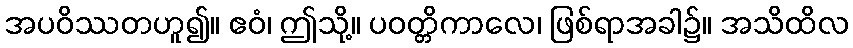
အပဝိဿတဟူ၍။ ဧဝံ၊ ဤသို့။ ပဝတ္တိကာလေ၊ ဖြစ်ရာအခါ၌။ အသိထိလ